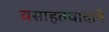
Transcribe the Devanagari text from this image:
वसाहतवादाने